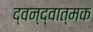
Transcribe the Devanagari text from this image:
द्वन्द्वात्मक